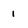
Character: 1